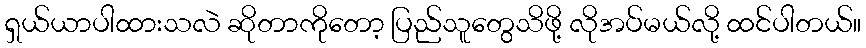
ရှယ်ယာပါထားသလဲ ဆိုတာကိုတော့ ပြည်သူတွေသိဖို့ လိုအပ်မယ်လို့ ထင်ပါတယ်။